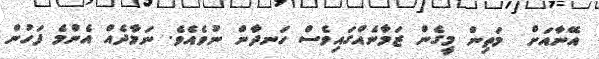
އޭނާއަށް  މަތިން މީގެން ޒަމާނެއްގައިވެސް ހަނދާން ނުވެއެވެ. ނަމާދެއް އެންމެ ފަހުން